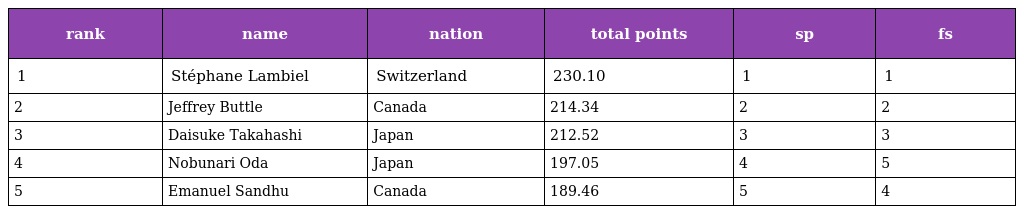
| rank | name | nation | total points | sp | fs |
 | --- | --- | --- | --- | --- | --- |
 | 1 | Stéphane Lambiel | Switzerland | 230.10 | 1 | 1 |
 | 2 | Jeffrey Buttle | Canada | 214.34 | 2 | 2 |
 | 3 | Daisuke Takahashi | Japan | 212.52 | 3 | 3 |
 | 4 | Nobunari Oda | Japan | 197.05 | 4 | 5 |
 | 5 | Emanuel Sandhu | Canada | 189.46 | 5 | 4 |